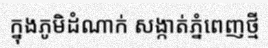
ក្នុងភូមិដំណាក់ សង្កាត់ភ្នំពេញថ្មី